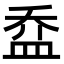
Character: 𥁢